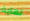
نهاية